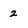
Character: 2